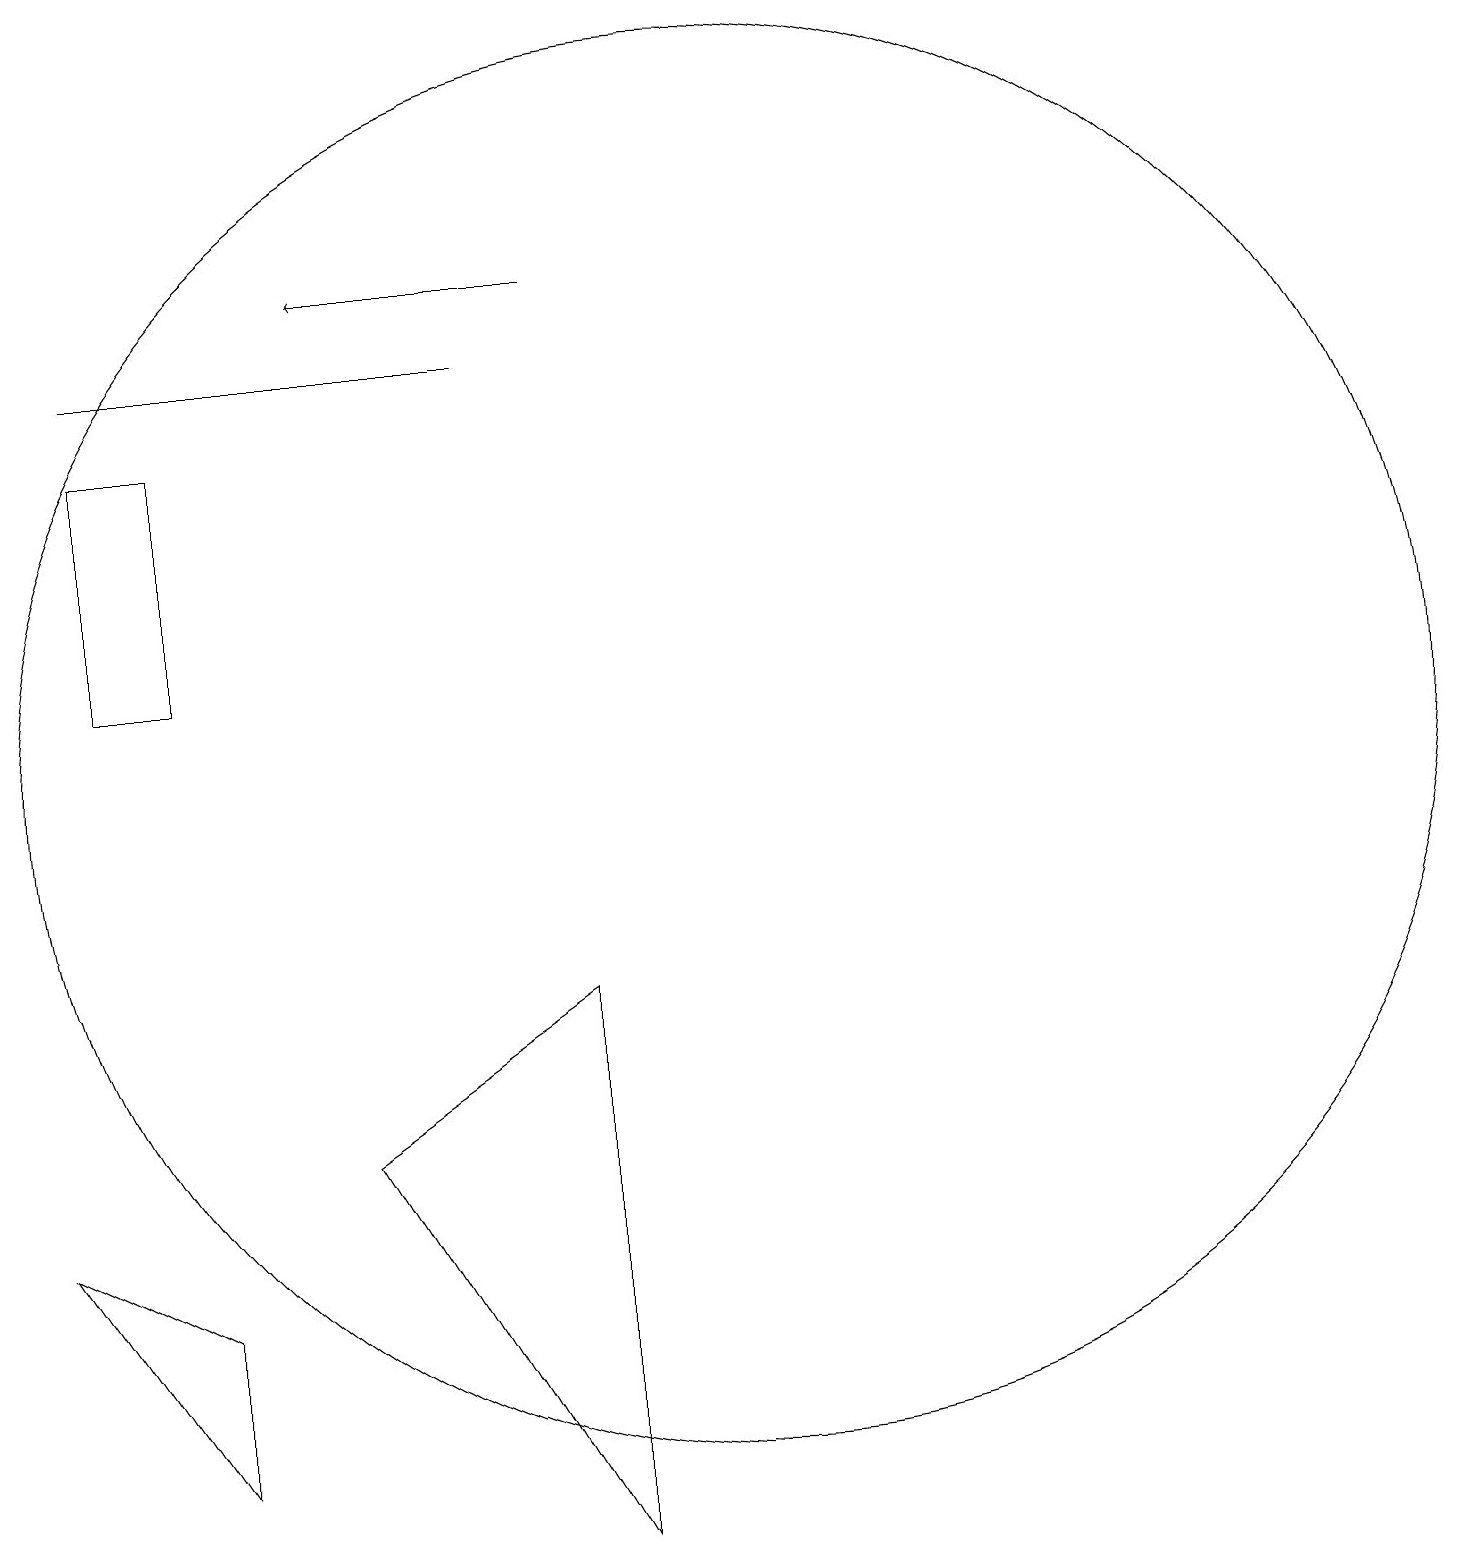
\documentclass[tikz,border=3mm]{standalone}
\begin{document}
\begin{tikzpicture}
\draw (9,1) -- (9,8) -- (6,6) -- cycle;
\draw (3,16) rectangle (8,16);
\draw (4,2) -- (4,4) -- (2,5) -- cycle;
\draw (4,12) rectangle (3,15);
\draw[->] (9,17) -- (6,17);
\draw (11,11) circle (9);
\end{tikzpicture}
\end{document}